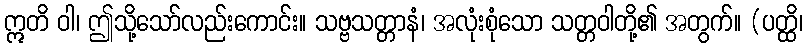
ဣတိ ဝါ၊ ဤသို့သော်လည်းကောင်း။ သဗ္ဗသတ္တာနံ၊ အလုံးစုံသော သတ္တဝါတို့၏ အတွက်။ (ပတ္ထိ၊